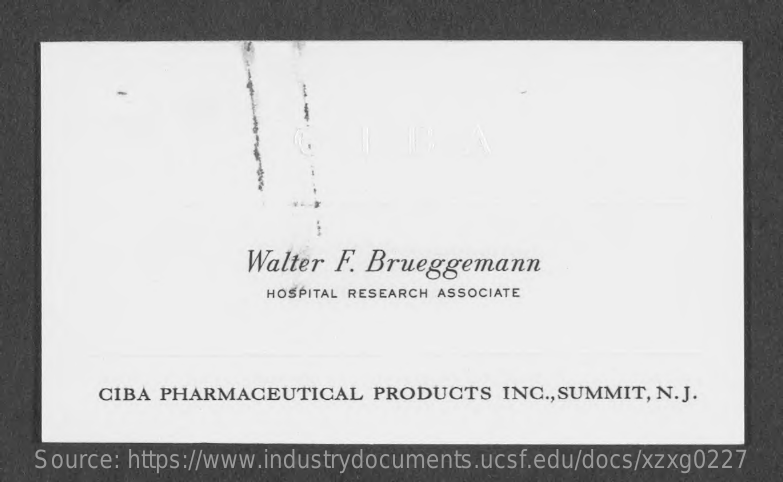
Walter F. Brueggemann
     HOSPITAL RESEARCH ASSOCIATE
     CIBA PHARMACEUTICAL   PRODUCTS   INC ., SUMMIT, N. J.
   Source: https://www.industrydocuments.ucsf.edu/docs/xzxg0227